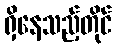
ရှိနေသည့်တိုင်